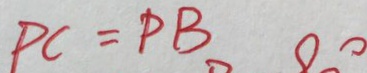
P C = P B